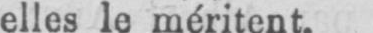
elles le méritent.